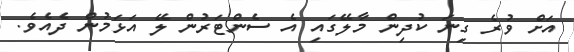
އަށް ވުރެ ގިނަ ކުދިން މާލޭގައި އެ ސެންޓަރުން ލޭ އަޅަމުން ދެއެވެ.